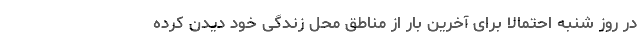
در روز شنبه احتمالا برای آخرین بار از مناطق محل زندگی خود دیدن کرده